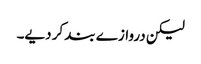
لیکن دروازے بند کر دیے۔